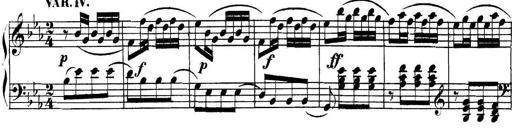
Title: Collected Piano Sonatas
Composer: Muzio Clementi